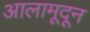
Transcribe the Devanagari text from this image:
आलामूदून